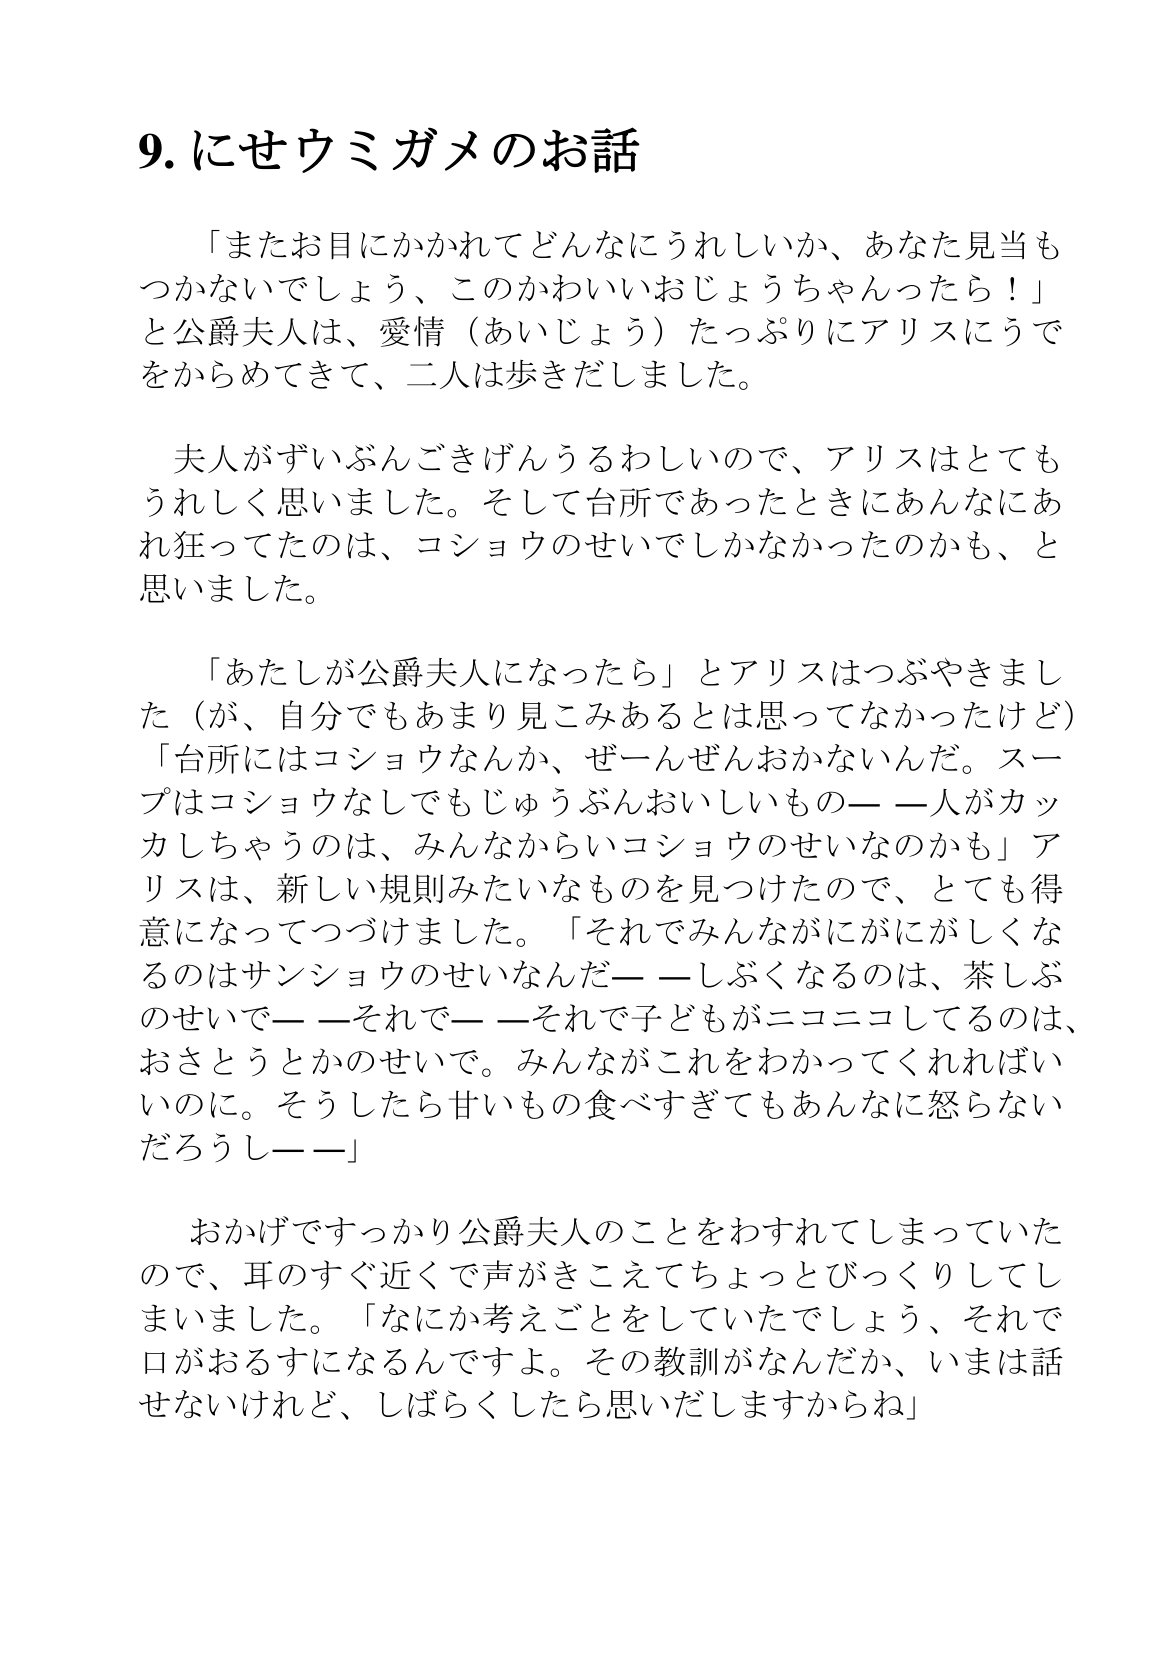
Language: ja